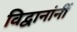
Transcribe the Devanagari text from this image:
विद्वानांनीं